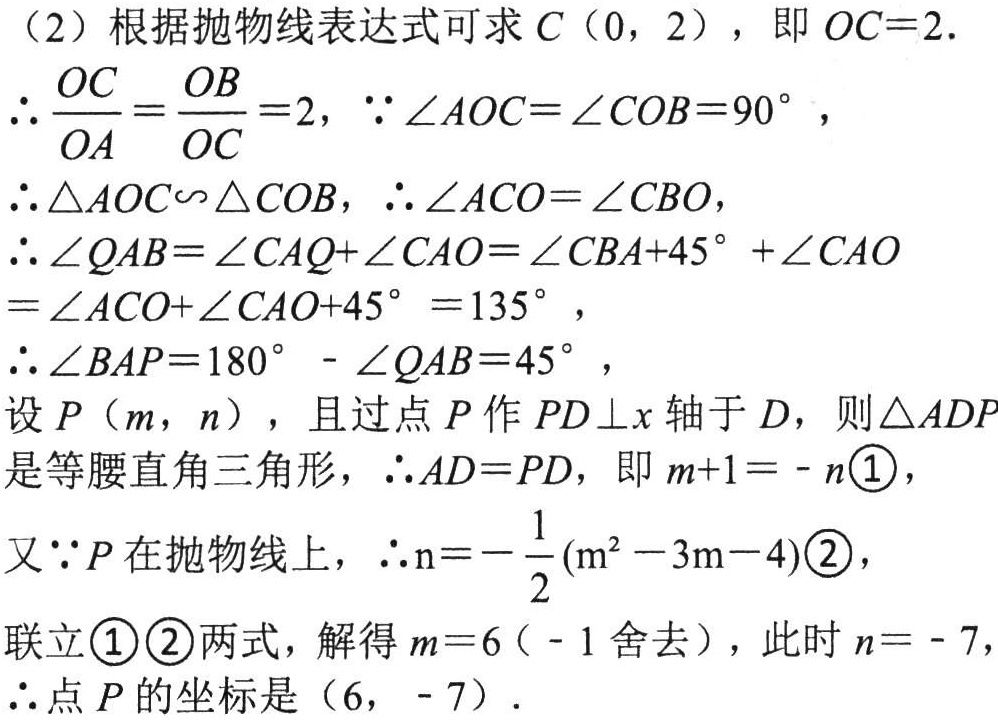
(2) 根据抛物线表达式可求\(C（0,\ 2）\)，即\(OC = 2\).
\(\therefore\frac{OC}{OA}=\frac{OB}{OC}=2,\ \because\angle AOC=\angle COB = 90^{\circ}\)，
\(\therefore\triangle AOC\backsim\triangle COB,\ \therefore\angle ACO=\angle CBO\)，
\(\therefore\angle QAB=\angle CAQ+\angle CAO=\angle CBA + 45^{\circ}+\angle CAO\)
\(=\angle ACO+\angle CAO + 45^{\circ}=135^{\circ}\)，
\(\therefore\angle BAP=180^{\circ}-\angle QAB = 45^{\circ}\)，
设\(P（m,\ n）\)，且过点\(P\)作\(PD\perp x\)轴于\(D\)，则\(\triangle ADP\)是等腰直角三角形，\(\therefore AD = PD\)，即\(m + 1=-n\textcircled{1}\)，
又\(\because P\)在抛物线上，\(\therefore n=-\frac{1}{2}(m^{2}-3m - 4)\textcircled{2}\)，
联立\textcircled{1}\textcircled{2}两式，解得\(m = 6（-1\text{ 舍去}）\)，此时\(n=-7\)，
\(\therefore\)点\(P\)的坐标是\((6,\ -7)\).